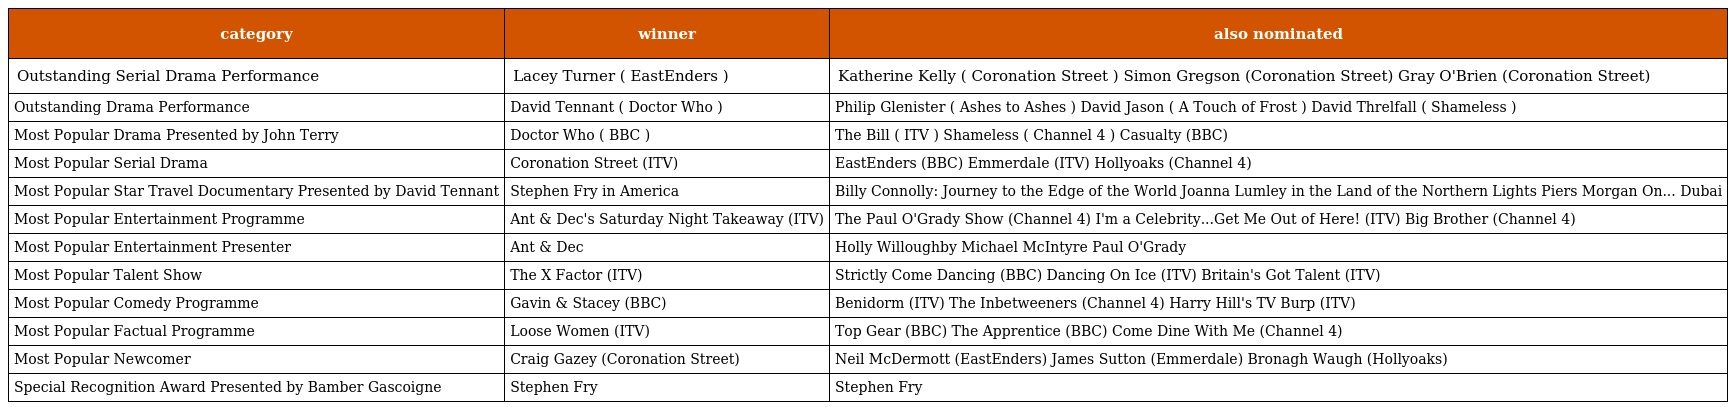
| category | winner | also nominated |
 | --- | --- | --- |
 | Outstanding Serial Drama Performance | Lacey Turner ( EastEnders ) | Katherine Kelly ( Coronation Street ) Simon Gregson (Coronation Street) Gray O'Brien (Coronation Street) |
 | Outstanding Drama Performance | David Tennant ( Doctor Who ) | Philip Glenister ( Ashes to Ashes ) David Jason ( A Touch of Frost ) David Threlfall ( Shameless ) |
 | Most Popular Drama Presented by John Terry | Doctor Who ( BBC ) | The Bill ( ITV ) Shameless ( Channel 4 ) Casualty (BBC) |
 | Most Popular Serial Drama | Coronation Street (ITV) | EastEnders (BBC) Emmerdale (ITV) Hollyoaks (Channel 4) |
 | Most Popular Star Travel Documentary Presented by David Tennant | Stephen Fry in America | Billy Connolly: Journey to the Edge of the World Joanna Lumley in the Land of the Northern Lights Piers Morgan On... Dubai |
 | Most Popular Entertainment Programme | Ant & Dec's Saturday Night Takeaway (ITV) | The Paul O'Grady Show (Channel 4) I'm a Celebrity...Get Me Out of Here! (ITV) Big Brother (Channel 4) |
 | Most Popular Entertainment Presenter | Ant & Dec | Holly Willoughby Michael McIntyre Paul O'Grady |
 | Most Popular Talent Show | The X Factor (ITV) | Strictly Come Dancing (BBC) Dancing On Ice (ITV) Britain's Got Talent (ITV) |
 | Most Popular Comedy Programme | Gavin & Stacey (BBC) | Benidorm (ITV) The Inbetweeners (Channel 4) Harry Hill's TV Burp (ITV) |
 | Most Popular Factual Programme | Loose Women (ITV) | Top Gear (BBC) The Apprentice (BBC) Come Dine With Me (Channel 4) |
 | Most Popular Newcomer | Craig Gazey (Coronation Street) | Neil McDermott (EastEnders) James Sutton (Emmerdale) Bronagh Waugh (Hollyoaks) |
 | Special Recognition Award Presented by Bamber Gascoigne | Stephen Fry | Stephen Fry |